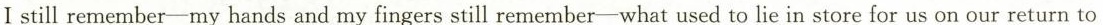
Istill remember—my hands and my fingers still remember—what used to lie in store for us on our return to